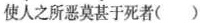
使人之所恶莫甚于死者( )